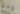
ومع